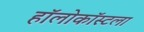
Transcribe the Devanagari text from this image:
हॉलोकॉस्टला